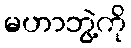
မဟာဘွဲ့ကို